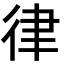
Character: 律